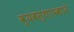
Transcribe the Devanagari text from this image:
व्यवस्थापकाने